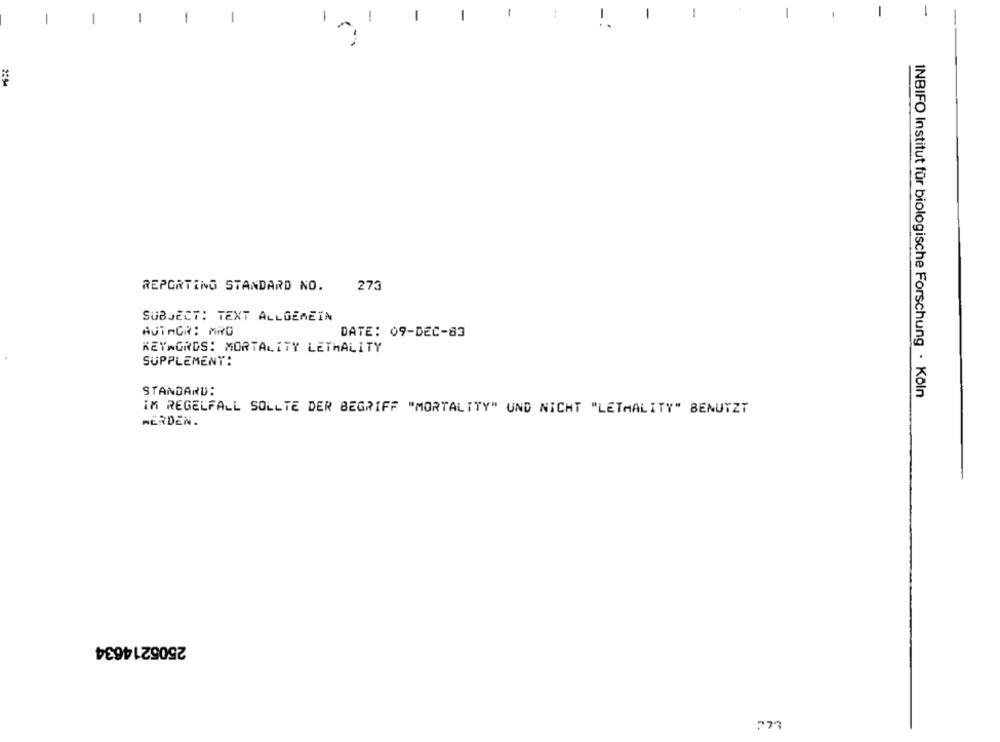
1
1
1
1
!
2294
REPORTING STANDARD NO.
273
SUBJECT: TEXT ALLGEMEIN
AUTAGR: MRG
DATE: 09-DEC-83
KEYWORDS: MORTALITY LETHALITY
SUPPLEMENT:
STANDARD:
INBIFO Institut für biologische Forschung - Köln
IM REGELFALL SOLLTE DER BEGRIFF "MORTALITY" UND NICHT "LETHALITY" BENUTZT
WERDEN.
2505214634
273